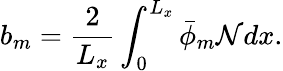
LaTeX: b_{m}=\frac{2}{L_{x}}\int_{0}^{L_{x}}\bar{\phi}_{m}\mathcal{N}dx.